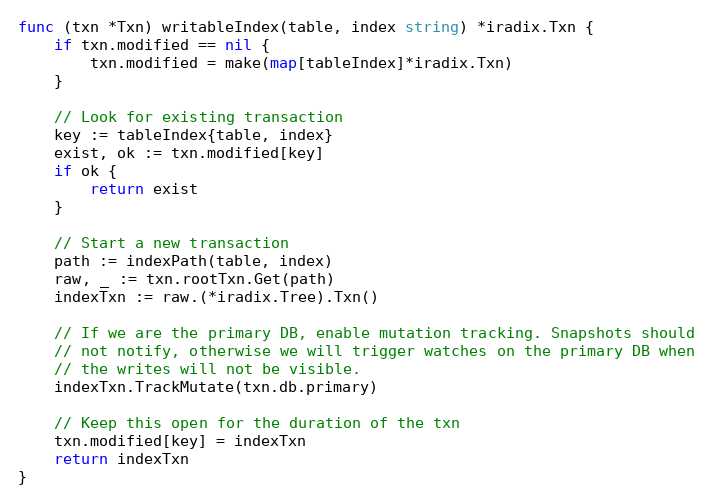
Language: Go
func (txn *Txn) writableIndex(table, index string) *iradix.Txn {
	if txn.modified == nil {
		txn.modified = make(map[tableIndex]*iradix.Txn)
	}

	// Look for existing transaction
	key := tableIndex{table, index}
	exist, ok := txn.modified[key]
	if ok {
		return exist
	}

	// Start a new transaction
	path := indexPath(table, index)
	raw, _ := txn.rootTxn.Get(path)
	indexTxn := raw.(*iradix.Tree).Txn()

	// If we are the primary DB, enable mutation tracking. Snapshots should
	// not notify, otherwise we will trigger watches on the primary DB when
	// the writes will not be visible.
	indexTxn.TrackMutate(txn.db.primary)

	// Keep this open for the duration of the txn
	txn.modified[key] = indexTxn
	return indexTxn
}